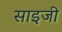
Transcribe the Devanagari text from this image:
साइजी